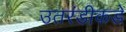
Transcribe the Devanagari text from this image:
उतरंडीकडे